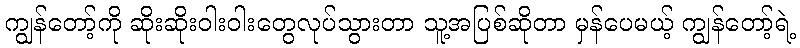
ကျွန်တော့်ကို ဆိုးဆိုးဝါးဝါးတွေလုပ်သွားတာ သူ့အပြစ်ဆိုတာ မှန်ပေမယ့် ကျွန်တော့်ရဲ့